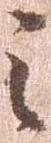
之